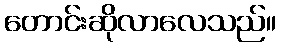
တောင်းဆိုလာလေသည်။